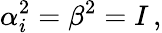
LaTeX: \alpha_{i}^{2}=\beta^{2}=I\, ,